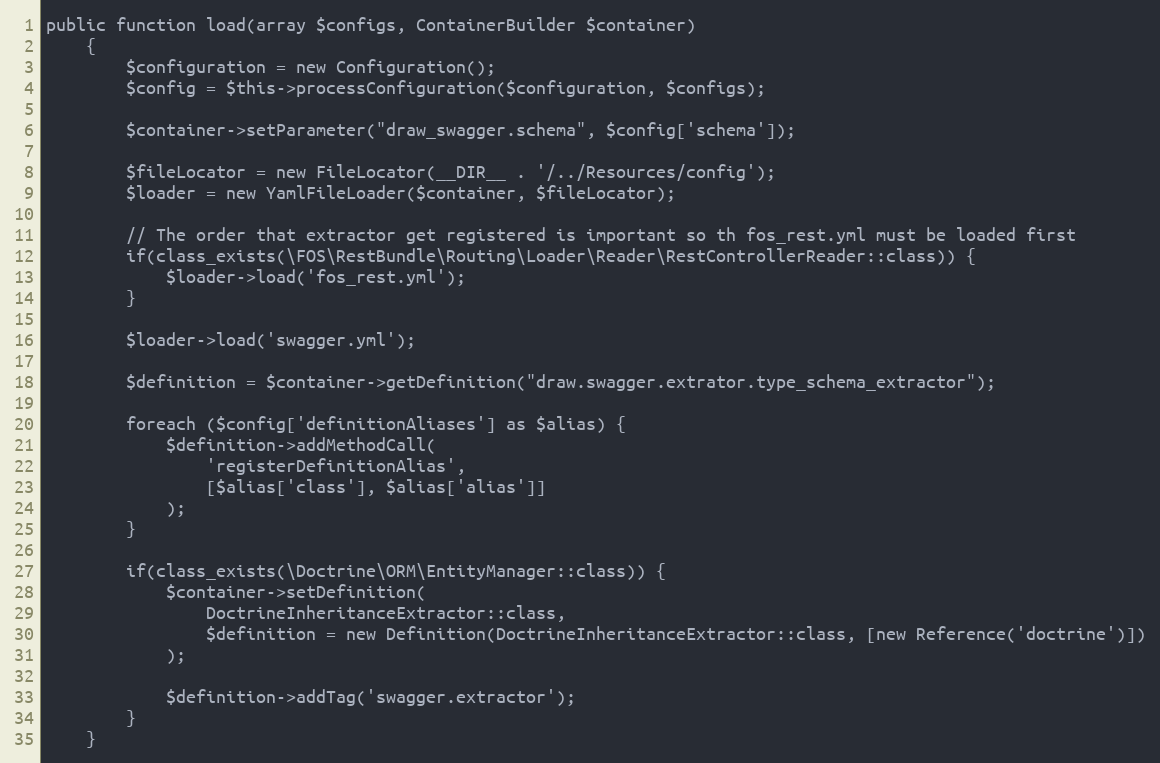
Language: PHP
public function load(array $configs, ContainerBuilder $container)
    {
        $configuration = new Configuration();
        $config = $this->processConfiguration($configuration, $configs);

        $container->setParameter("draw_swagger.schema", $config['schema']);

        $fileLocator = new FileLocator(__DIR__ . '/../Resources/config');
        $loader = new YamlFileLoader($container, $fileLocator);

        // The order that extractor get registered is important so th fos_rest.yml must be loaded first
        if(class_exists(\FOS\RestBundle\Routing\Loader\Reader\RestControllerReader::class)) {
            $loader->load('fos_rest.yml');
        }

        $loader->load('swagger.yml');

        $definition = $container->getDefinition("draw.swagger.extrator.type_schema_extractor");

        foreach ($config['definitionAliases'] as $alias) {
            $definition->addMethodCall(
                'registerDefinitionAlias',
                [$alias['class'], $alias['alias']]
            );
        }

        if(class_exists(\Doctrine\ORM\EntityManager::class)) {
            $container->setDefinition(
                DoctrineInheritanceExtractor::class,
                $definition = new Definition(DoctrineInheritanceExtractor::class, [new Reference('doctrine')])
            );

            $definition->addTag('swagger.extractor');
        }
    }